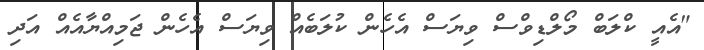
"އެއީ ކްލަބް މޯލްޑިވްސް ވިޔަސް އެހެން ކުލަބެއް ވިޔަސް އެހެން ޖަމިއްޔާއެއް އަދި